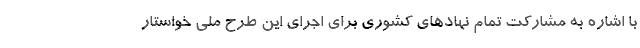
با اشاره به مشارکت تمام نهادهای کشوری برای اجرای این طرح ملی خواستار